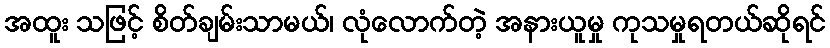
အထူး သဖြင့် စိတ်ချမ်းသာမယ်၊ လုံလောက်တဲ့ အနားယူမှု ကုသမှုရတယ်ဆိုရင်